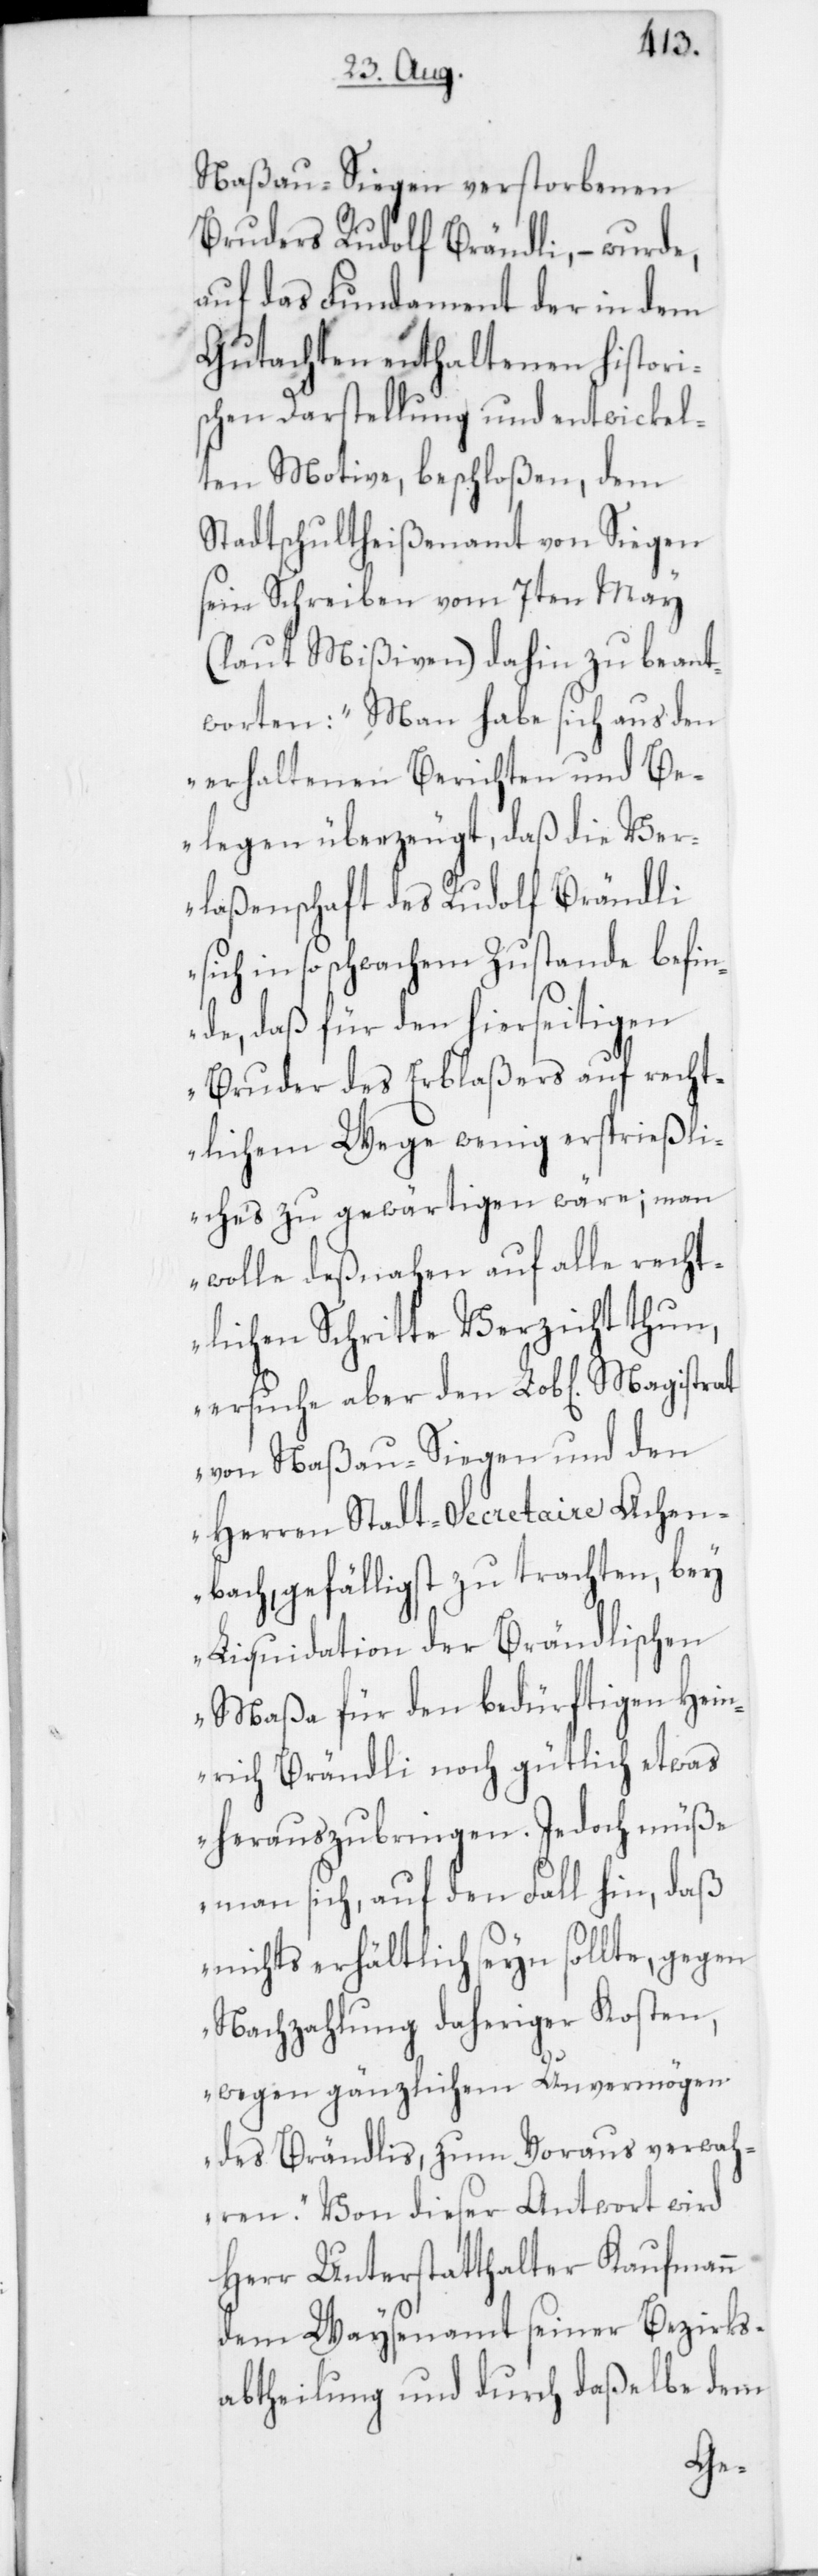
Naßau-Siegen verstorbenen
Bruders Rudolf Brändli, – wurde,
auf das Fundament der in dem
Gutachten enthaltenen histori¬
schen Darstellung und entwickel¬
ten Motive, beschloßen, dem
Stadtschultheißenamt von Siegen
sein Schreiben vom 7ten May
(laut Mißiven) dahin zu beant¬
worten: „Man habe sich aus den
erhaltenen Berichten und Be¬
legen überzeugt, daß die Ver¬
laßenschaft des Rudolf Brändli
sich in so schwachem Zustande befin¬
de, daß für den hierseitigen
Bruder des Erblaßers auf recht¬
lichem Wege wenig ersprießli¬
ches zu gewärtigen wäre; man
wolle deßnahen auf alle recht¬
lichen Schritte Verzicht thun,
ersuche aber den Lob[lichen]
von Naßau-Siegen und den
Herren Stadt-Secretaire Achen¬
bach gefälligst zu trachten, bey
Liquidation der Brändlischen
Maßa für den bedürftigen Hein¬
rich Brändli noch gütlich etwas
herauszubringen. Jedoch müße
man sich, auf den Fall hin, daß
nichts erhältlich seyn sollte, gegen
Nachzahlung daheriger Kosten,
wegen gänzlichem Unvermögen
des Brändlis, zum Voraus verwah¬
ren.“ Von dieser Antwort wird
Herr Unterstatthalter Kaufmann
dem Waysenamt seiner Bezirks¬
abtheilung und durch daßelbe dem